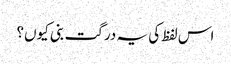
اس لفظ کی یہ درگت بنی کیوں؟